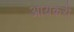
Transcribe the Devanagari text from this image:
आयकरी